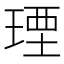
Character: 𤧕